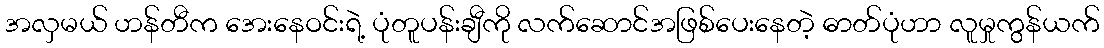
အလှမယ် ဟန်တီက အေးနေဝင်းရဲ့ ပုံတူပန်းချီကို လက်ဆောင်အဖြစ်ပေးနေတဲ့ ဓာတ်ပုံဟာ လူမှုကွန်ယက်